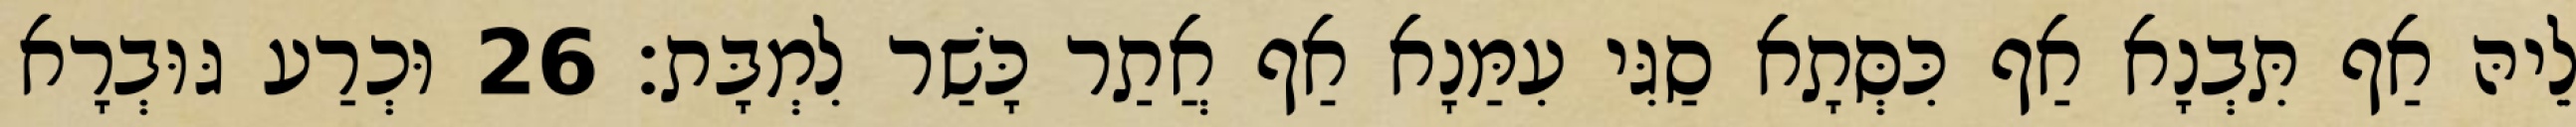
לֵיהּ אַף תִּבְנָא אַף כִּסְּתָא סַגִּי עִמַּנָא אַף אֲתַר כָּשַׁר לִמְבָּת׃ 26 וּכְרַע גּוּבְרָא